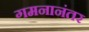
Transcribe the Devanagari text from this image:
गमनानंतर